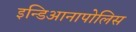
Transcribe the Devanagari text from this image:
इन्डिआनापोलिस